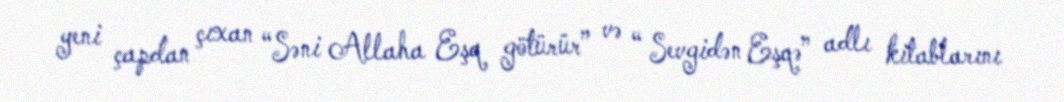
yeni çapdan çıxan “Səni Allaha Eşq götürür” və “ Sevgidən Eşqə” adlı kitablarını